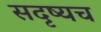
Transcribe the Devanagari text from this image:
सदृष्यच